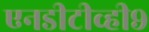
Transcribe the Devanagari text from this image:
एनडीटीव्ही९